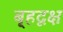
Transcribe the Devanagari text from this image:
बृ्हदृक्ष